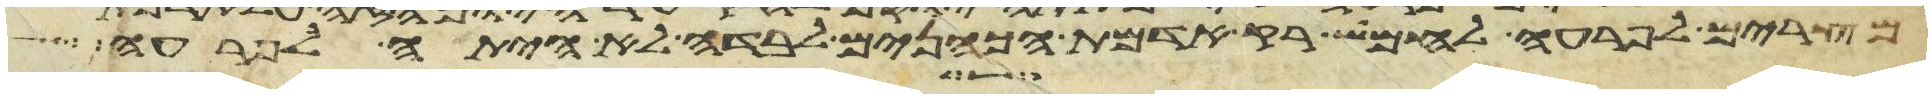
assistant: מצרים לפרעה לחמוש רק אדמת הכהנים לבדה לא היתה לפרעה